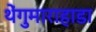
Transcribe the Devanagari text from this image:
थेंगुमाराहाडा